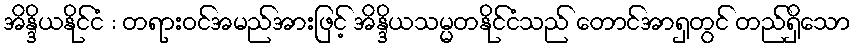
အိန္ဒိယနိုင်ငံ : တရားဝင်အမည်အားဖြင့် အိန္ဒိယသမ္မတနိုင်ငံသည် တောင်အာရှတွင် တည်ရှိသော